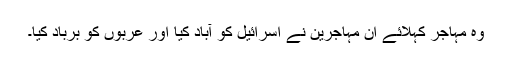
وہ مہاجر کہلائے ان مہاجرین نے اسرائیل کو آباد کیا اور عربوں کو برباد کیا۔